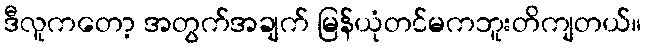
ဒီလူကတော့ အတွက်အချက် မြန်ယုံတင်မကဘူးတိကျတယ်။